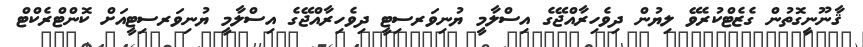
ޤާނޫނީގޮތުން ގެޒެޓްކުރެވޭ ލިޔުން ދިވެހިރާއްޖޭގެ އިސްލާމީ ޔުނިވަރސިޓީ ދިވެހިރާއްޖޭގެ އިސްލާމީ ޔުނިވަރސިޓީއަށް ކޮންޓްރެކްޓް